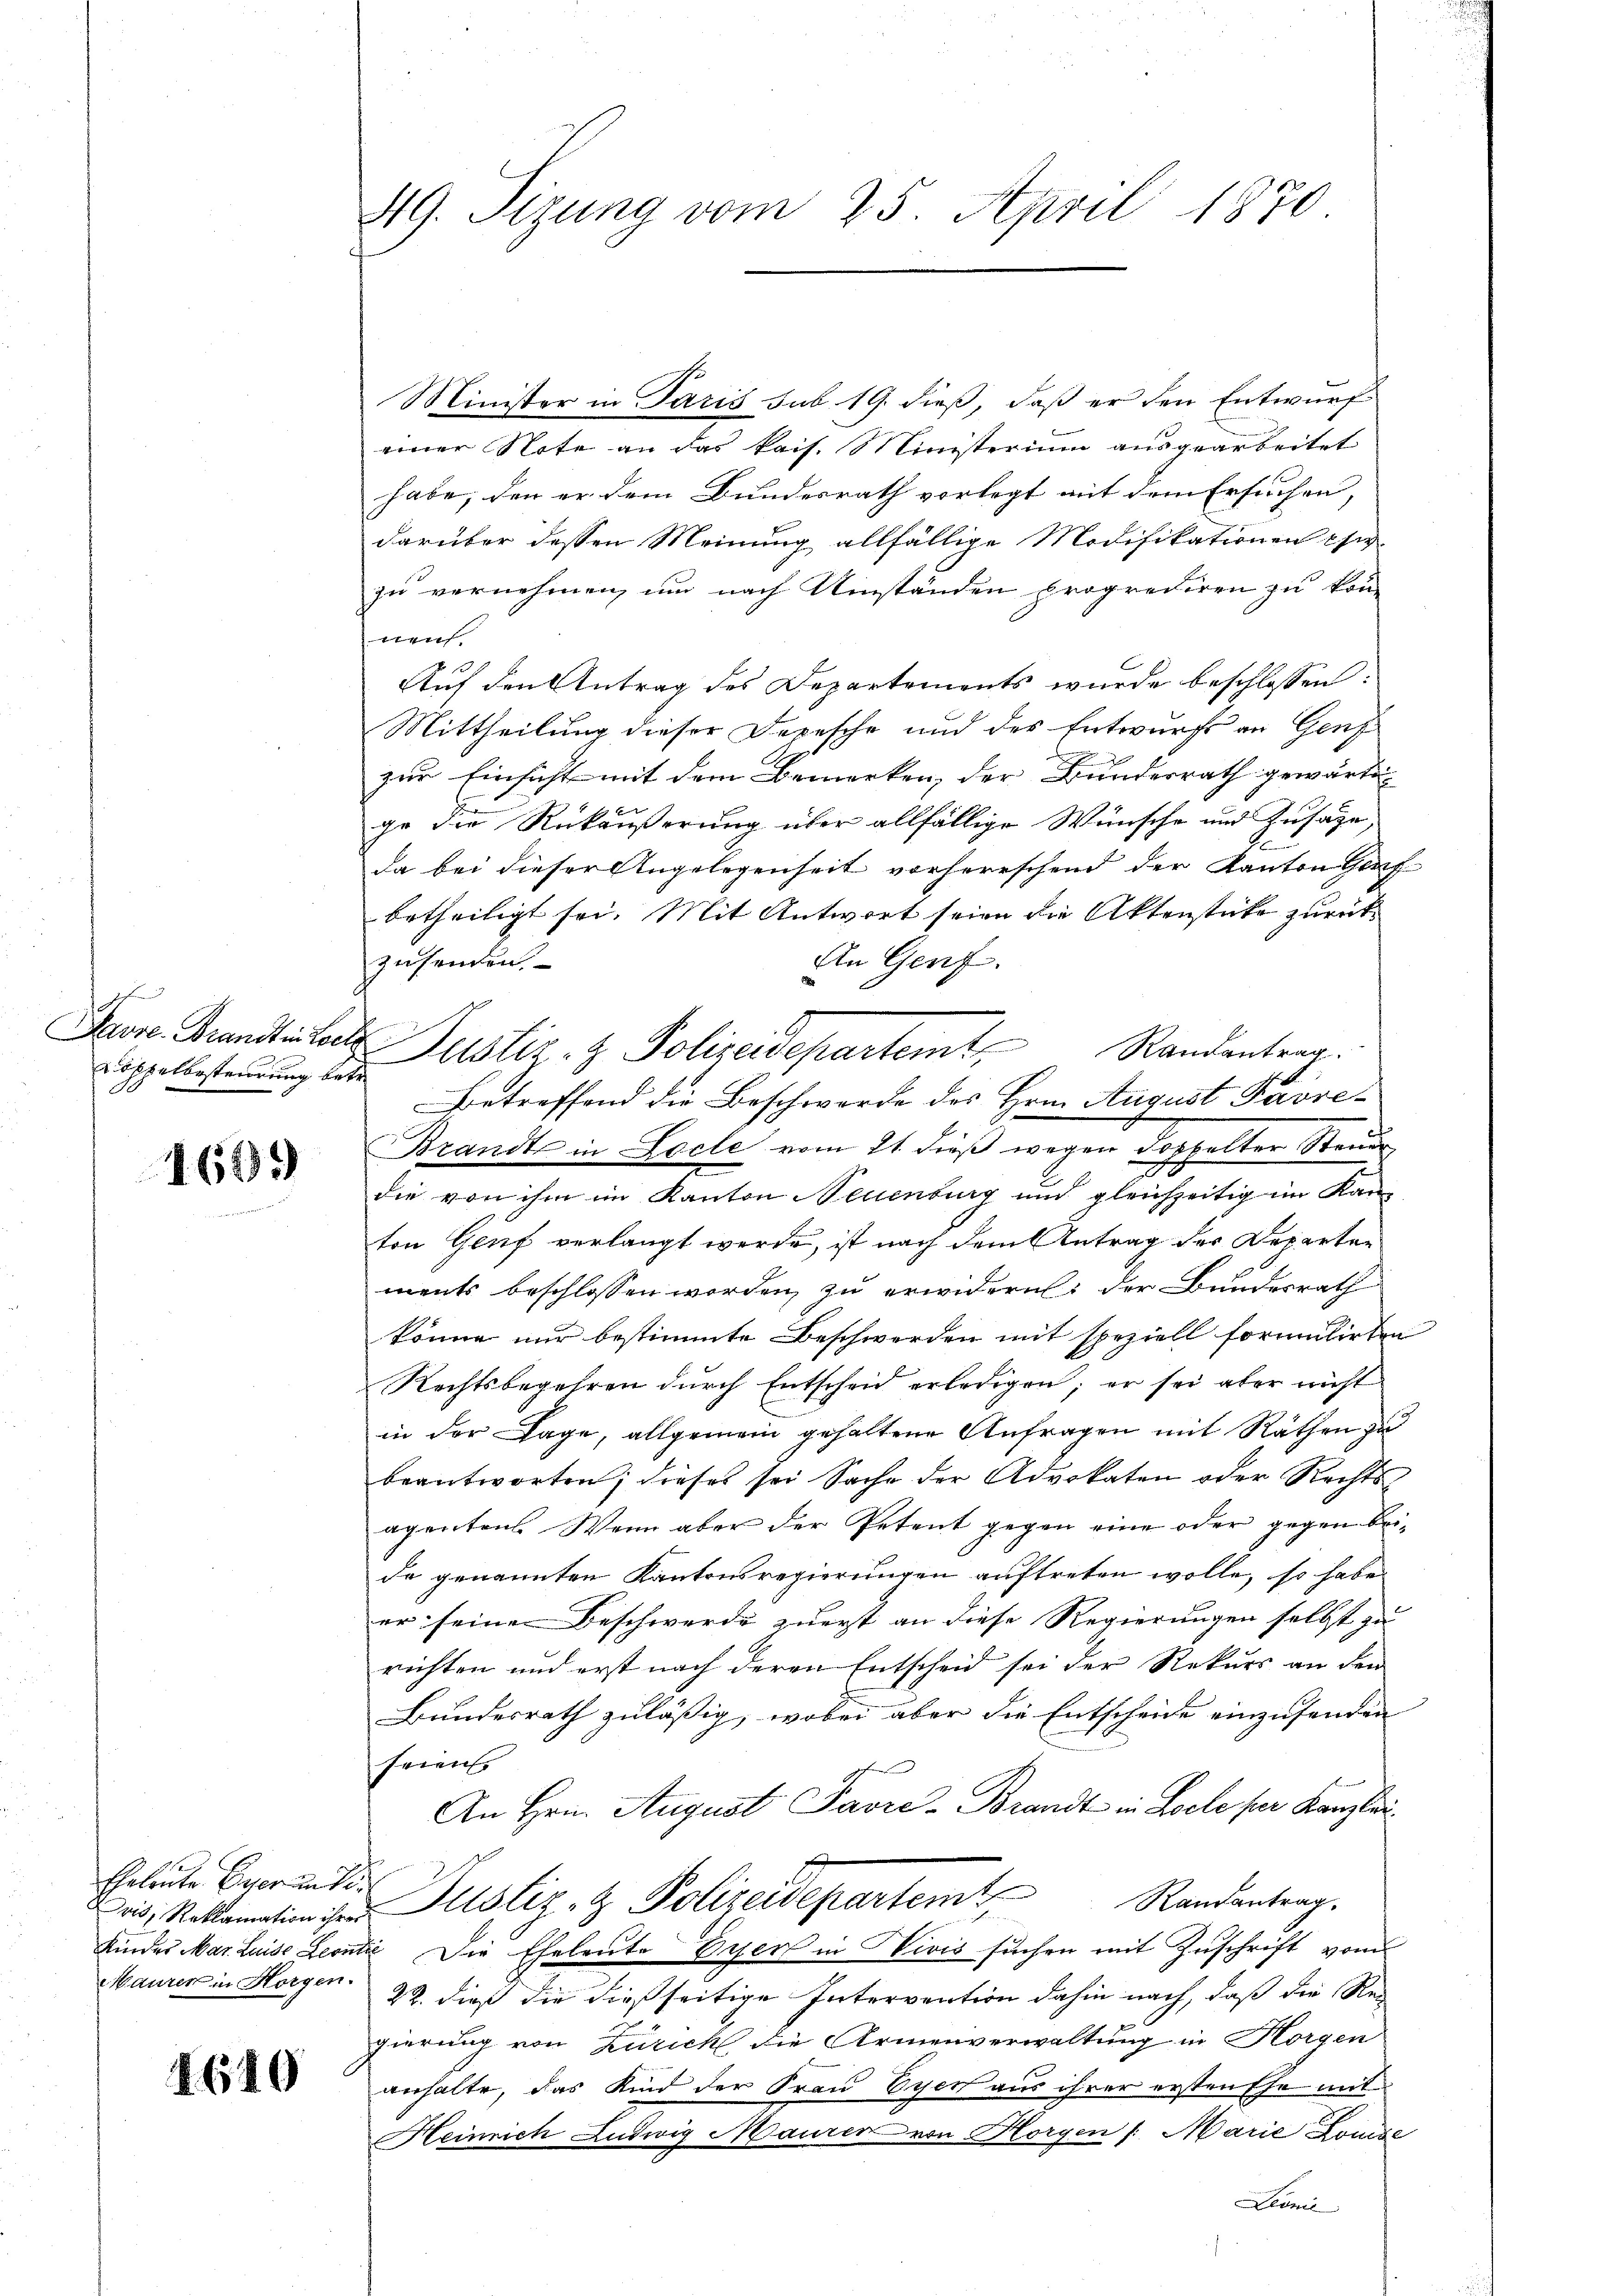
ch
doppelbesteurung betr.

1681)

Eheleute Einer unter
vis, Reklamation ihrer
Kindes Mar. Luise Leon
Maurer in Horgen.

1640

49. Sizung vom 25. April 1870.

Minister in Paris sub 19. dieß, daß er den Entwurf
einer Note an das kais. Ministerium ausgearbeitet
habe, den er dem Bundesrath vorlegt mit dem Ersuchen,
darüber dessen Meinung allfällige Modifikationen sie
zu vernehmen, um nach Umständen proprediren zu kom
nen.
Auf den Antrag des Departements wurde beschlossen:
Mittheilung dieser Depesche und des Entwurfs an Genf
zur Einsicht mit dem Bemerken, der Bunderrath gewärtig
ge die Rückäußerung über allfällige Wünsche und Zusage,
da bei dieser Angelegenheit vorherrschend der Kanton Gef
betheiligt sei. Mit Antwort seien die Aktenstücke zurück¬
An Genf.
zusenden.
Pass. Brandtitel Justiz- & Polizeidepartemt Randantrag.
Betreffend die Beschwerde des Hrn. August Pavre¬
Brandt in Loche vom 21. dieß wegen Doppelter Steuer
die von ihm im Kanton Neuenburg und gleichzeitig im Kanz
ton Genf verlangt werde, ist nach dem Antrag der Departen
ments beschlossen worden, zu erwidern: der Bundesrath
könne nur bestimmte Beschwerden mit speziell formulirten
Rechtsbegehren durch Entscheid erledigen; er sei aber nicht
in der Lage, allgemein gehaltene Anfragen mit Räthen zu
beantworten; dieses sei Sache der Advokaten oder Rechts-
agenten. Wenn aber der Petent gegen eine oder gegen beide genannten Kantonsregierungen auftreten wolle, so habe
er seinen Beschwerde zuerst an diese Regierungen selbst zu
richten und erst nach deren Entscheid sei der Rekurs an den
Bundesrath zuläßig, wobei aber die Entscheide einzusenden
seien.
An Hrn. August Favre-Brandt in Locle per Kanzlei
Justiz- & Polizeidepartem Randantrag.
die Die Eheleute Eier in Sivis suchen mit Zuschrift vom
22. dieß die dießseitige Intervention dahin nach, daß die Re
gierung von Zürich die Armenverwaltung in Horgen
anhalte, das Kind der Frau Eyen aus ihrer ersten Ehe mit
Heinrich Ludwig Maurer von Horgen /: Marie Lombe